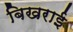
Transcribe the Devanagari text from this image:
बिखराई